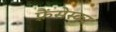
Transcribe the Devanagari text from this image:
फ़्रैंसेस्का